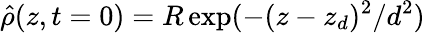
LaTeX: \hat{\rho}(z,t=0)=R\exp(-(z-z_{d})^{2}/d^{2})